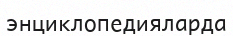
энциклопедияларда